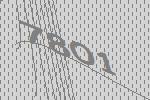
7801